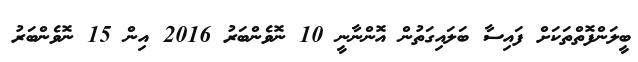
ބީލަންފޮތްތަކަށް ފައިސާ ބަލައިގަތުން އޮންނާނީ 10 ނޮވެންބަރު 2016 އިން 15 ނޮވެންބަރު